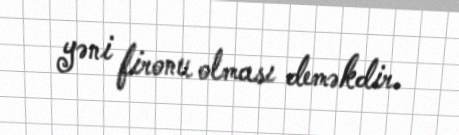
yəni fironu olması deməkdir.